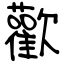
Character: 歡